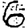
Digit: 6